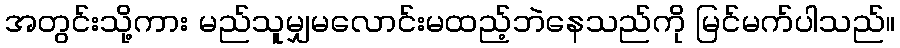
အတွင်းသို့ကား မည်သူမျှမလောင်းမထည့်ဘဲနေသည်ကို မြင်မက်ပါသည်။